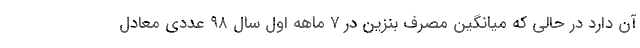
آن دارد در حالی که میانگین مصرف بنزین در ۷ ماهه اول سال ۹۸ عددی معادل